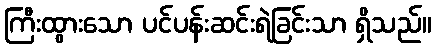
ကြီးထွားသော ပင်ပန်းဆင်းရဲခြင်းသာ ရှိသည်။